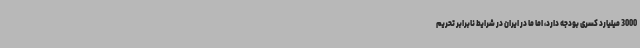
3000 میلیارد کسری بودجه دارد، اما ما در ایران در شرایط نابرابر تحریم